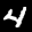
Label: 4